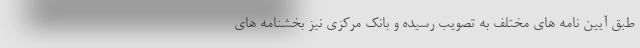
طبق آیین نامه های مختلف به تصویب رسیده و بانک مرکزی نیز بخشنامه های